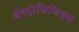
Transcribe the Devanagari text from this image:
ॲस्ट्रोफिजिक्‍स